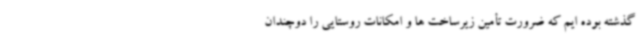
گذشته بوده ایم که ضرورت تأمین زیرساخت ها و امکانات روستایی را دوچندان